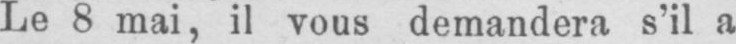
Le 8 mai, il vous demandera s’il a